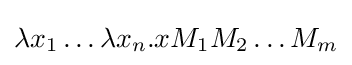
\lambda x_{1}\ldots \lambda x_{n}.xM_{1}M_{2}\ldots M_{m}